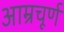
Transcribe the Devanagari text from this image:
आम्रचूर्ण